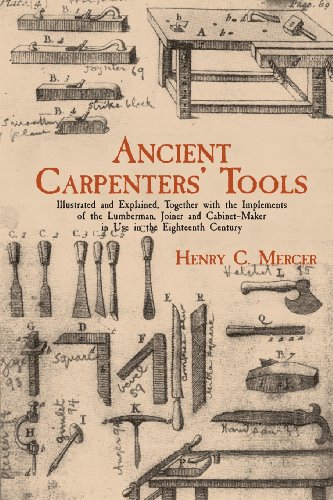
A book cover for Ancient Carpenters' Tools: Illustrated and Explained, Together with the Implements of the Lumberman, Joiner and Cabinet-Maker in Use in the Eighteenth Century; Henry C. Mercer; Humor & Entertainment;